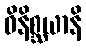
ဝိနိစ္ဆယာနိ